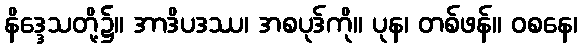
နိဒ္ဒေသတို့၌။ အာဒိပဒဿ၊ အစပုဒ်ကို။ ပုန၊ တစ်ဖန်။ ဝစနေ၊